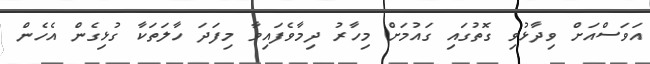
އަވަސްއަށް ވިދާޅުވި ގޮތުގައި ގައުމަށް މިހާރު ދިމާވެފައިވާ މިފަދަ ހާލަތަކާ ގުޅިގެން އެހެން